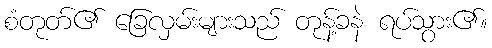
စံတုတ်၏ ခြေလှမ်းများသည် တုန့်ခနဲ ရပ်သွား၏။